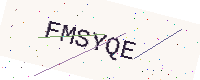
Text: FMSYQE